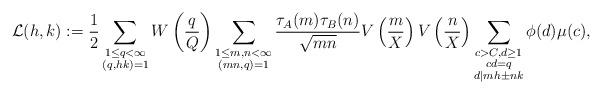
LaTeX: \begin{align*}\mathcal{L}(h,k):= \frac{1}{2}\sum_{\substack{1\leq q<\infty \\ (q,hk)=1}} W\left( \frac{q}{Q}\right) \sum_{\substack{1\leq m,n<\infty \\ (mn,q)=1}} \frac{\tau_A(m) \tau_B(n) }{\sqrt{mn}} V\left( \frac{m}{X} \right) V\left( \frac{n}{X} \right) \sum_{\substack{c>C, d \geq 1 \\ cd=q \\ d|mh\pm nk}}\phi(d)\mu(c),\end{align*}